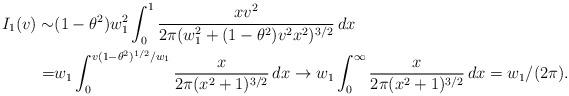
LaTeX: \begin{align*}I_1(v) \sim& (1-\theta^2)w_1^2\int_0^1 \frac{xv^2}{2\pi(w_1^2 +(1-\theta^2)v^2x^2)^{3/2}}\,dx \\ =& w_1 \int_0^{v(1-\theta^2)^{1/2}/w_1}\frac{x}{2\pi(x^2+1)^{3/2}}\,dx \to w_1 \int_0^\infty\frac{x}{2\pi(x^2+1)^{3/2}}\,dx=w_1/(2\pi).\end{align*}